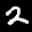
Label: 2